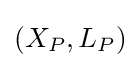
(X_{P},L_{P})